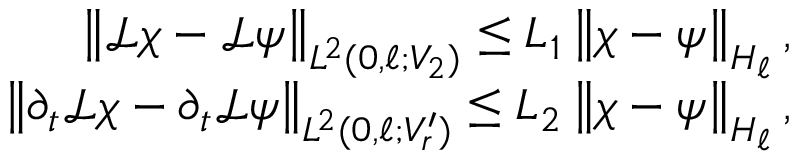
\begin{array} { r } { \left\lVert { \mathcal { L } } \chi - { \mathcal { L } } \psi \right\rVert _ { L ^ { 2 } ( 0 , \ell ; V _ { 2 } ) } \leq L _ { 1 } \left\lVert \chi - \psi \right\rVert _ { H _ { \ell } } , } \\ { \left\lVert \partial _ { t } { \mathcal { L } } \chi - \partial _ { t } { \mathcal { L } } \psi \right\rVert _ { L ^ { 2 } ( 0 , \ell ; V _ { r } ^ { \prime } ) } \leq L _ { 2 } \left\lVert \chi - \psi \right\rVert _ { H _ { \ell } } , } \end{array}